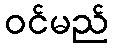
ဝင်မည်